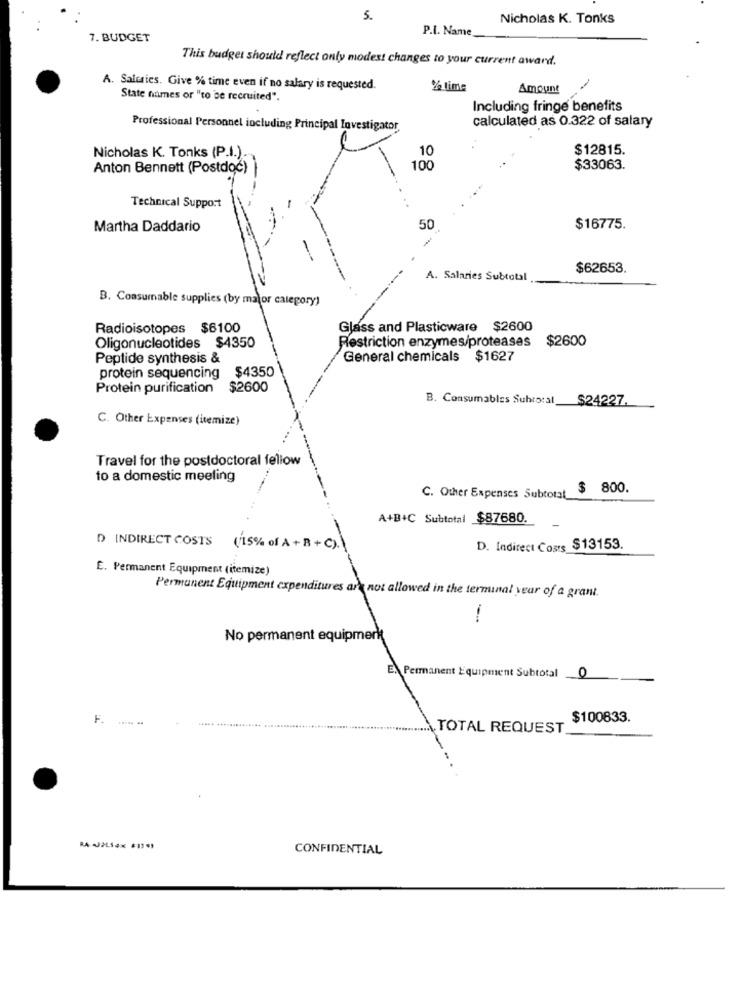
5.
Nicholas K. Tonks
P.I. Name
7. BUDGET
This budget should reflect only modest changes to your current award.
A. Saltaies. Give % time even if no salary is requested.
% time
Amount
State names or "to be recruited".
Including fringe benefits
calculated as 0.322 of salary
Professional Personnel including Principal Investigator
$12815.
Nicholas K. Tonks (P.I.).
10
100
$33063.
Anton Bennett (Postdoc)]
Technical Support
50
Martha Daddario
$16775.
$62653.
A. Salaries Subtotal
B. Consumable supplies (by major category)
Radioisotopes $6100
Glass and Plasticware $2600
Restriction enzymes/proteasas $2600
Oligonucleotides $4350
Peptide synthesis &
General chemicals $1627
$4350
protein sequencing
Protein purification $2600
B. Consumables Subtotal $24227.
C. Other Expenses (itemize)
Travel for the postdoctoral fellow
to a domestic meeling
$ 800.
C. Other Expenses Subtotal_
A+B+C Subtotal $87680.
D INDIRECT COSTS (15% of A + B + C).
D. Indirect Cosrs $13153.
E. Permanent Equipment (itemize)
Permanent Equipment expenditures are not allowed in the terminal year of a grant.
No permanent equipmerkt
E. Permanent Equipment Subtotal 0
F
$100833.
............ TOTAL REQUEST
CONFIDENTIAL